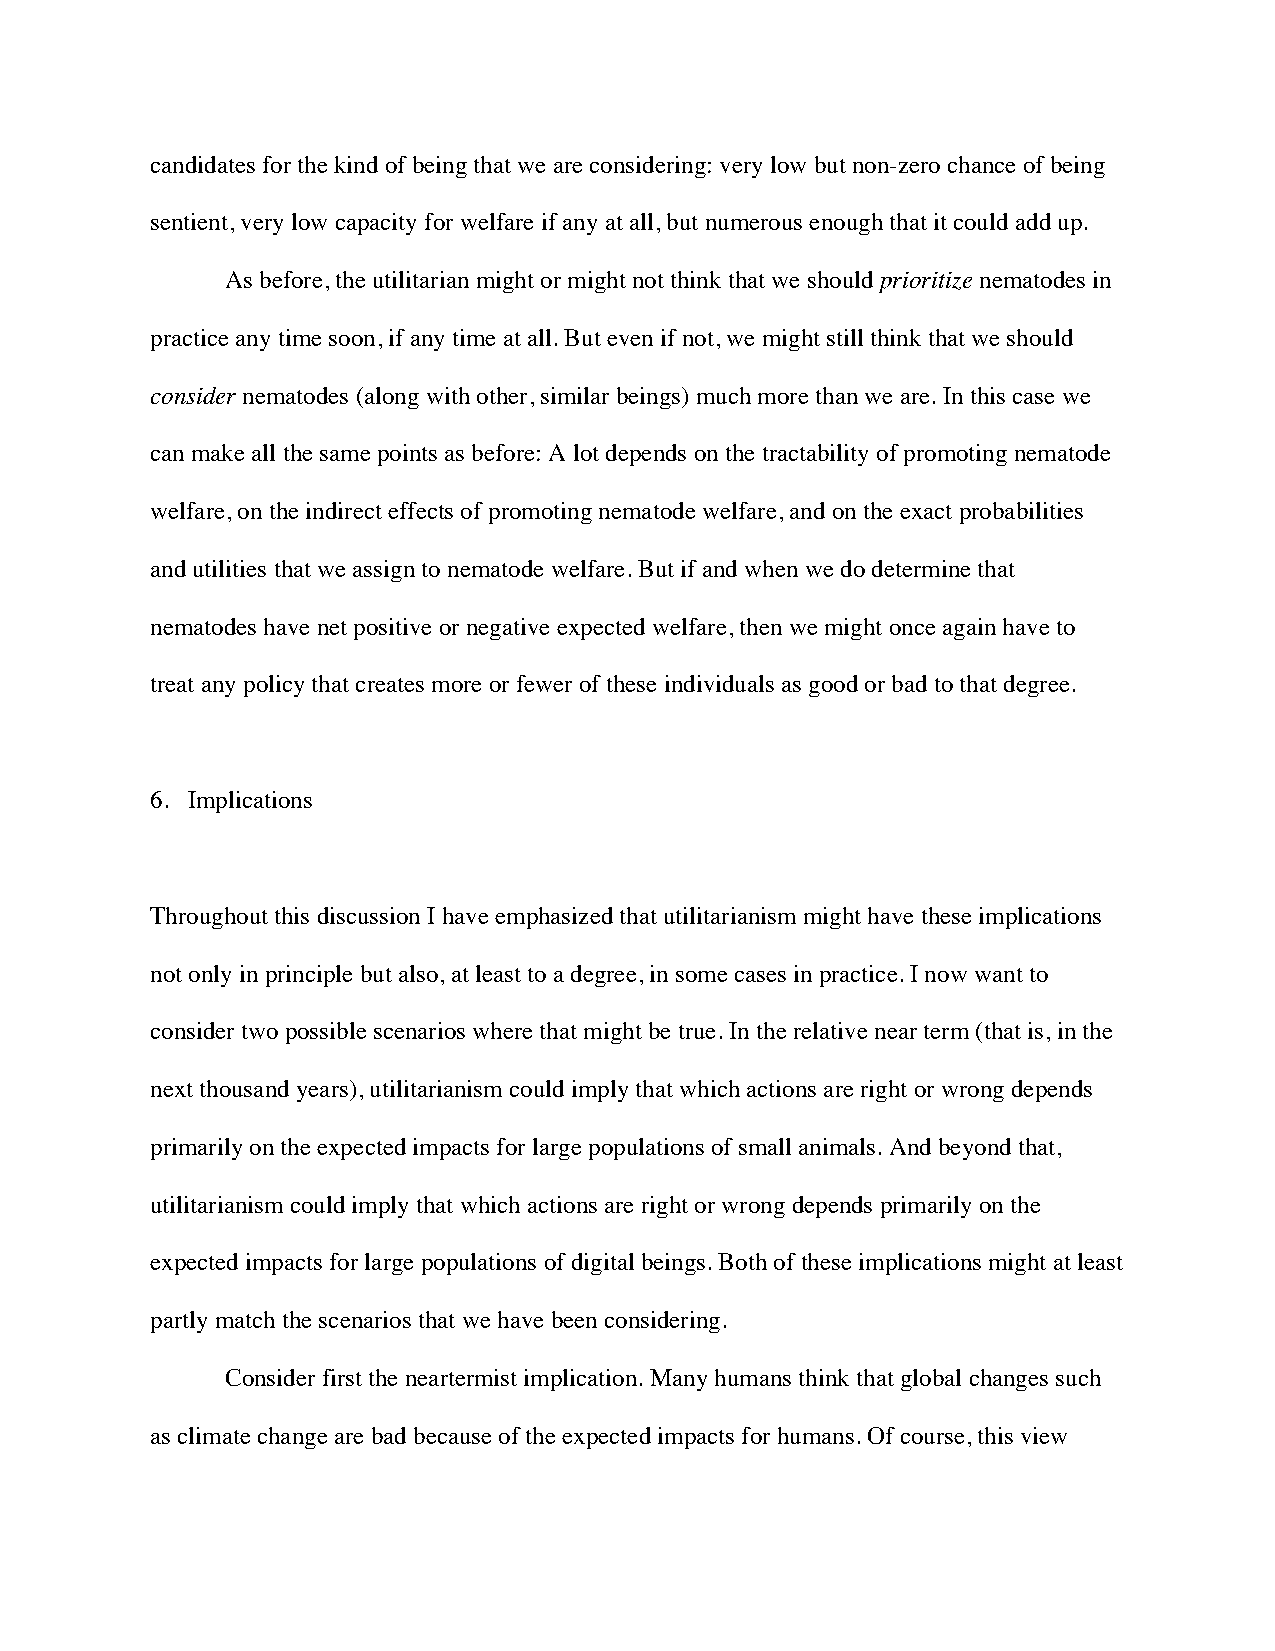
candidates for the kind of being that we are considering: very low but non-zero chance of being
 sentient, very low capacity for welfare if any at all, but numerous enough that it could add up.
 As before, the utilitarian might or might not think that we should prioritize nematodes in
 practice any time soon, if any time at all. But even if not, we might still think that we should
 consider nematodes (along with other, similar beings) much more than we are. In this case we
 can make all the same points as before: A lot depends on the tractability of promoting nematode
 welfare, on the indirect effects of promoting nematode welfare, and on the exact probabilities
 and utilities that we assign to nematode welfare. But if and when we do determine that
 nematodes have net positive or negative expected welfare, then we might once again have to
 treat any policy that creates more or fewer of these individuals as good or bad to that degree.
 6. Implications
 Throughout this discussion I have emphasized that utilitarianism might have these implications
 not only in principle but also, at least to a degree, in some cases in practice. I now want to
 consider two possible scenarios where that might be true. In the relative near term (that is, in the
 next thousand years), utilitarianism could imply that which actions are right or wrong depends
 primarily on the expected impacts for large populations of small animals. And beyond that,
 utilitarianism could imply that which actions are right or wrong depends primarily on the
 expected impacts for large populations of digital beings. Both of these implications might at least
 partly match the scenarios that we have been considering.
 Consider first the neartermist implication. Many humans think that global changes such
 as climate change are bad because of the expected impacts for humans. Of course, this view